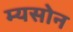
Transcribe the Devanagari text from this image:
म्यसोन